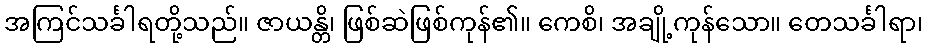
အကြင်သင်္ခါရတို့သည်။ ဇာယန္တိ၊ ဖြစ်ဆဲဖြစ်ကုန်၏။ ကေစိ၊ အချို့ကုန်သော။ တေသင်္ခါရာ၊